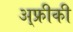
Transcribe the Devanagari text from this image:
अ्फ्रीकी